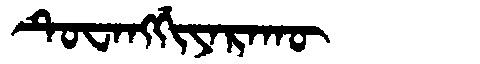
Manchu: ᡨᡠᠸᠠᠩᡤᡳᠶᠠᡵᠠᡴᡡ
Romanization: TUWANGGIYARAKŪ